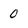
Character: 0